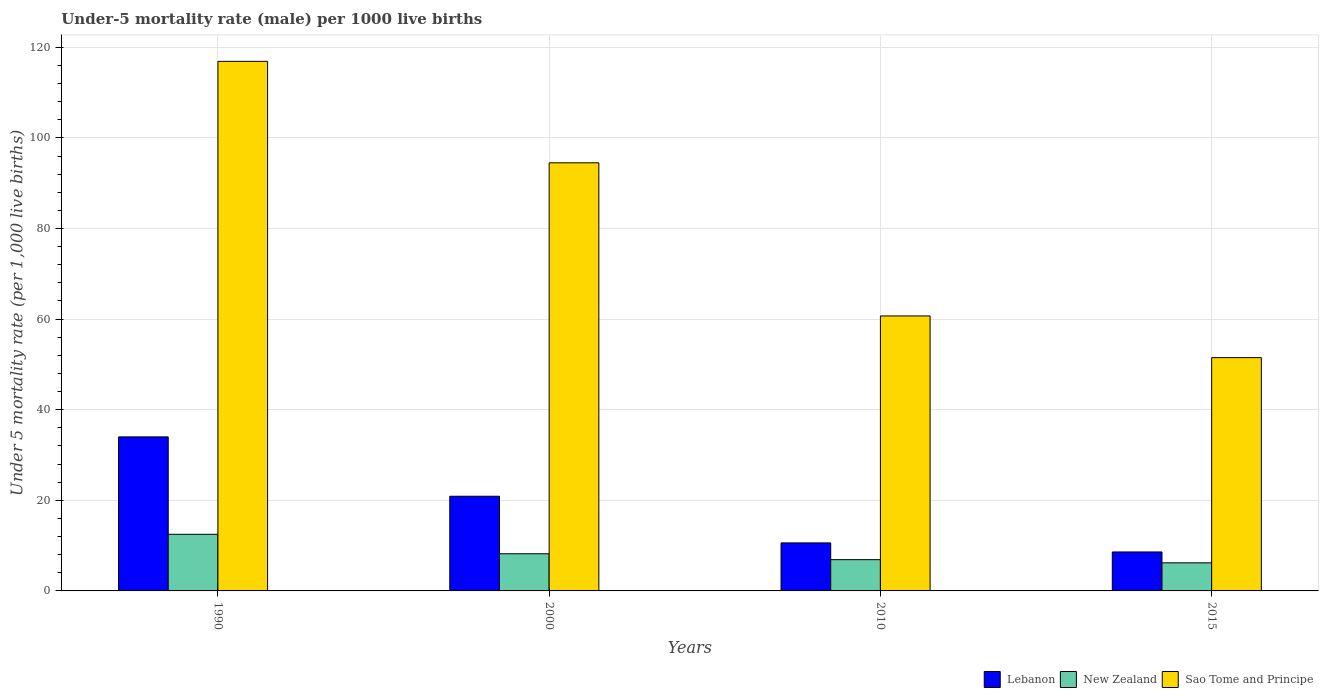
| Years | Lebanon | New Zealand | Sao Tome and Principe |
 | --- | --- | --- | --- |
 | 1990 | 34 | 12.5 | 117 |
 | 2000 | 20.9 | 8.2 | 94.5 |
 | 2010 | 10.6 | 6.9 | 60.7 |
 | 2015 | 8.6 | 6.2 | 51.5 |